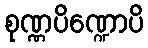
စုဏ္ဏပိဏ္ဍောပိ